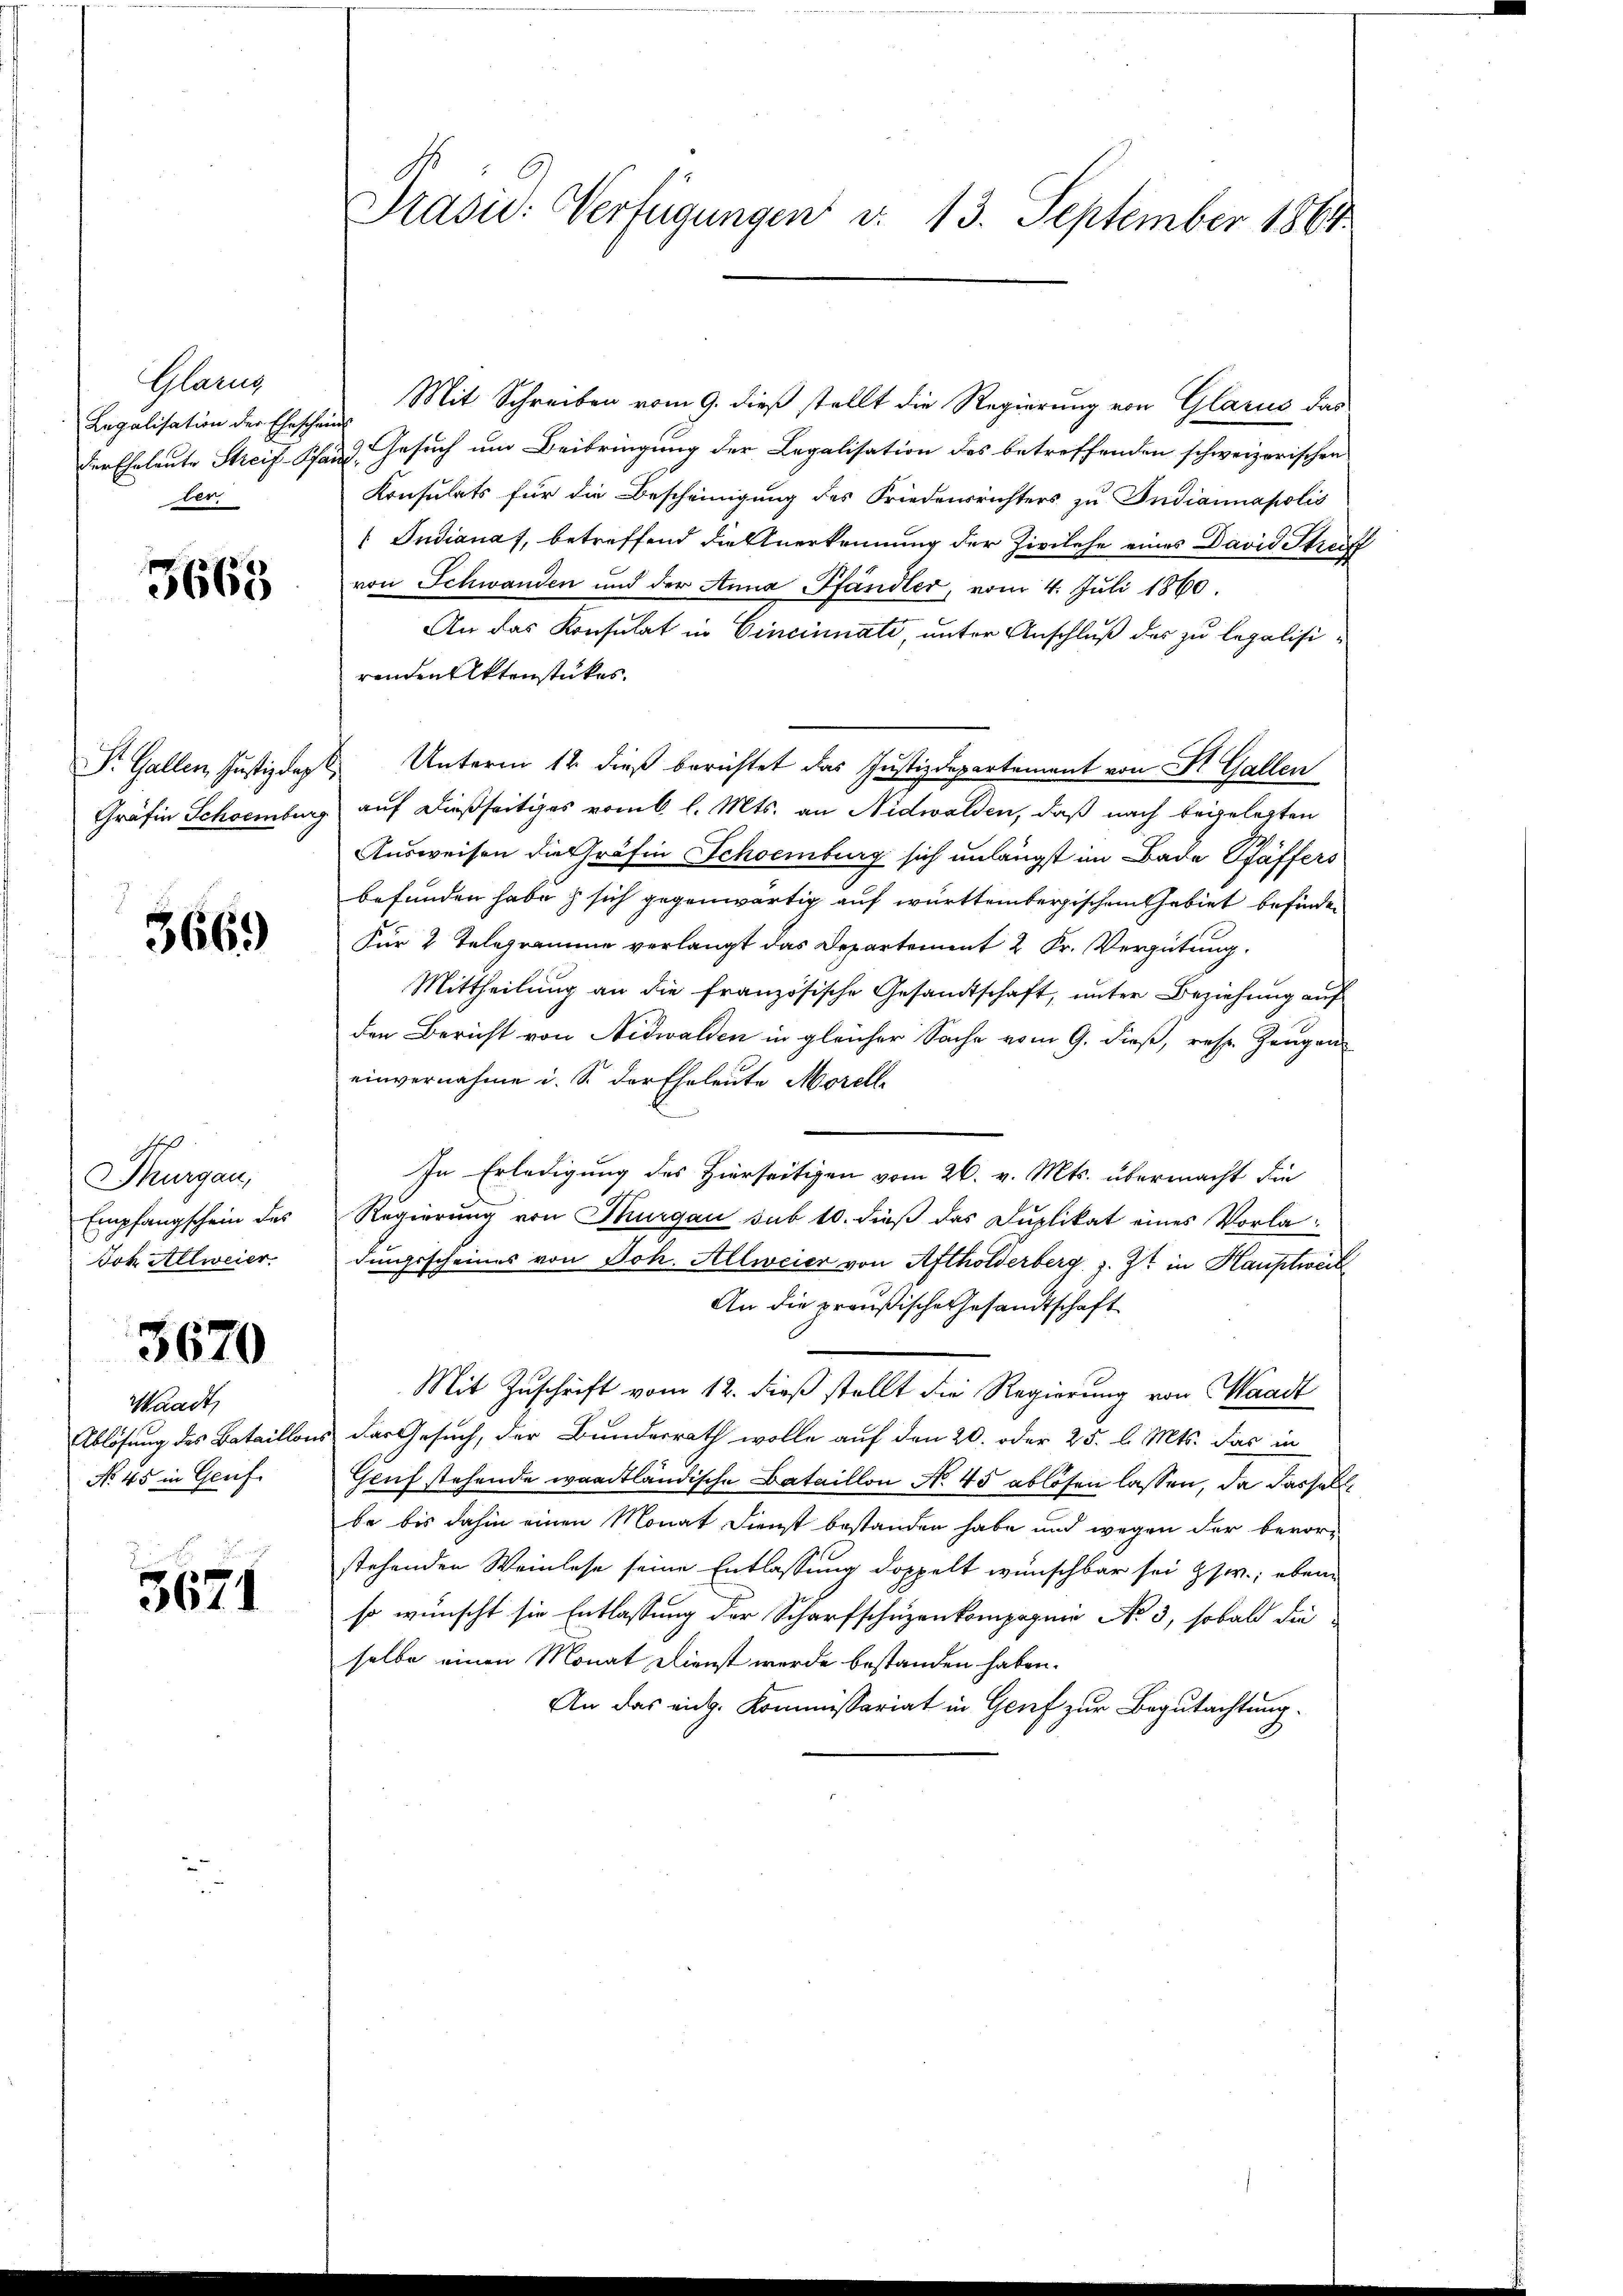
Glanz
Legalisation der Eheschei
der Eheleute Streif-Pfa
ber.

3668

St. Gallen, Justizdep
Gräfin Schoemburg

366.

Hof
Thurgau,
Empfangschein des
Joh Allweier.

3670

Waadt,
Ablösung des Bataillon
No. 45 in Genf.

3671

Präsid.: Verfügungen d. 13. September 1864.

Mit Schreiben vom 9. dieß stellt die Regierung von Glarus das
.
2. Gesuch um Beibringung der Legalisation des betreffenden schweizerischen
Konsulats für die Bescheinigung des Friedensrichters zu Indiannapolis
: Indianaf, betreffend die Anerkennung der Zivilehe eines David Streiff
von Schwanden und der Anna Pfändler, vom 4. Juli 1860.
An das Konsulat in Cincinnate, unter Anschluß des zu legalisirenden Aktenstückes.
Unterm 14. dieß berichtet das Justizdepartement von Dr. Gallen
auf dießseitiges vom 6 l. Mts. an Nidwalden, daß nach beigelegten
Ausweisen die Gräfin Schoemburg sich unlängst im Bade Pfäffers
befunden habe & sich gegenwärtig auf württembergischen Gebiet befinden
Für 2 Telegramme verlangt das Departement 2 Fr. Vergütung
Mittheilung an die französische Gesandtschaft, unter Beziehung auf
den Bericht von Nidwalden in gleicher Sache vom 9. dieß, resp. Zeugen
einvernahme i. S. der Eheleute Morelle
In Erledigung des Hierseitigen vom 26. v. Mts. übermacht die
Regierung von Thurgau sub 10. dieß das Duplikat eines Vorladingsscheines von Joh. Allweier von Afthölderberg z. Zt. in Hauptweil
An die preußische Gesandtschaft
Mit Zuschrift vom 12. dieß stellt die Regierung von Waadt
das Gesuch, der Bundesrath wolle auf den 20. oder 25. l. Mts. das in
Geuf stehende waadtländische Bataillon No. 45 ablösen lassen, da dasselb
be bis dahin einen Monat Dienst bestanden habe und wegen der bevorstehenden Weinlese seine Entlassung doppelt wünschbar sei Zsw.; eben
so wünscht sie Entlassung der Scharfschuzenkompagnie No 3, sobald die
selbe einen Monat dienst werde bestanden haben.
An das eich. Kommissariat in Genf zur Begutachtung.